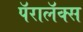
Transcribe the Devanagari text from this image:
पॅरालॅक्स